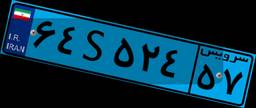
۹۷S۹۳۳۴۰